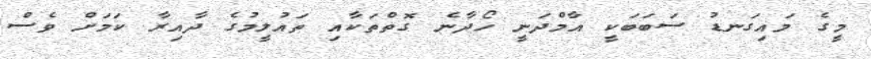
މީގެ މައިގަނޑު ސަބަބަކީ އާމްދަނީ ހޯދާނެ ގޮތްތަކާއި ތައުލީމުގެ ދާއިރާ ކަމަށް ވެސް